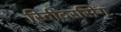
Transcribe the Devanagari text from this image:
रितींदरसिंग